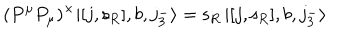
( P ^ { \mu } P _ { \mu } ) ^ { \times } | [ j , { \mathsf s } _ { R } ] , b , j _ { 3 } ^ { - } \rangle = { \mathsf s } _ { R } \, | [ j , { \mathsf s } _ { R } ] , b , j _ { 3 } ^ { - } \rangle